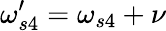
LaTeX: \omega_{s4}^{\prime}=\omega_{s4}+\nu